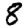
Digit: 8